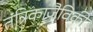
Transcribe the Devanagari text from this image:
तंत्रिकाजैविकी